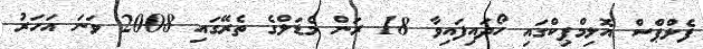
ފެލްޕްސް އޮލިމްޕިކްގައި ހޯދައިފައިވާ 18 ރަން މެޑަލްގެ ތެރޭގައި 2008 ވަނަ އަހަރު